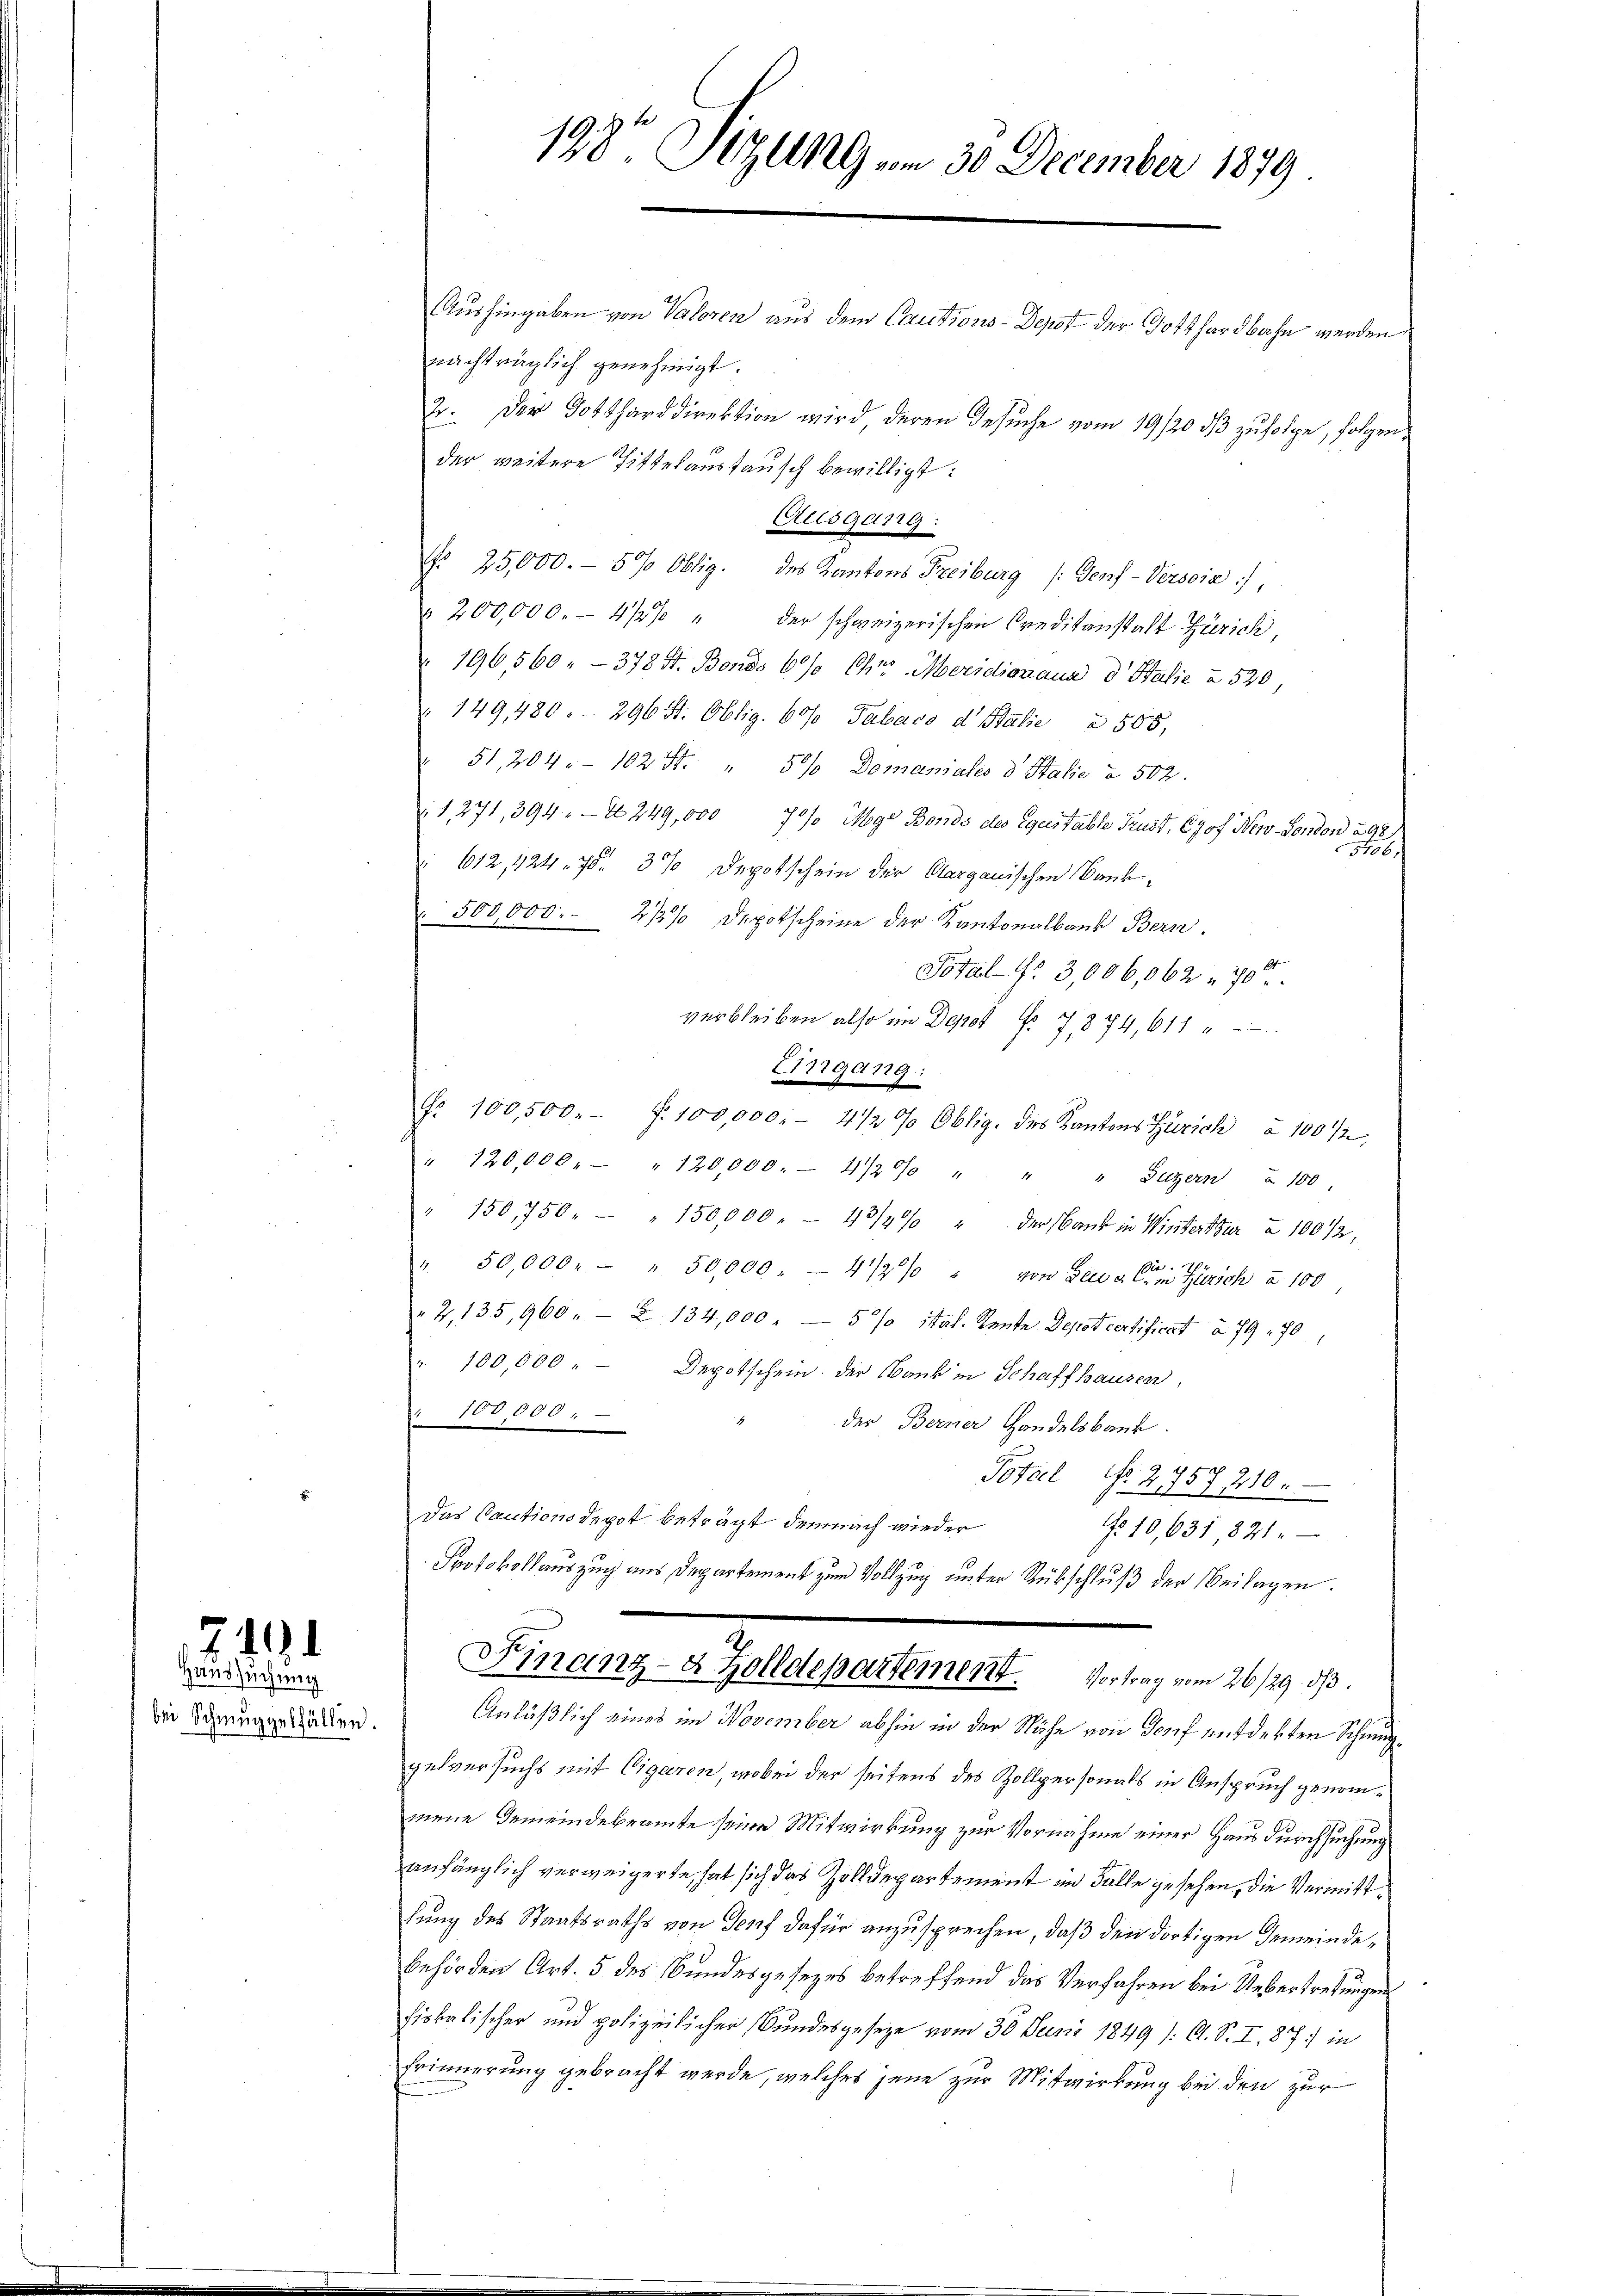
74

Haussuchung
bei Schmuggelfällen.

198 Sizung am 30. December 1879

Aushingaben von Valoren aus dem Cautions-Depot der Gotthardbahn werden
nachträglich genehmigt.
der weitere Zittelaustausch bewilligt:
Aiisgerig
Nr. 25,000.- 5% Oblig. des Kantons Freiburg (Sepf-Versoia),
 200,000.- 4/5% " der schweizerischen Creditanstalt Zürich
196,560. - 378 St. Bonds 60% Chr. Moridionana d Stalie à 520,
149480. 296 St. Oblig. 60/0 Tabaco d. Stalie à 505,
51, 204. 102 St. " 50% Domaniales d. Stalie à 502.
V 1, 271, 394. 249,000 70% Mge Bonds des Equitable Trust, Chof New-Fondon à 92
16
612, 424. 75. 3% Depotschein der Aarganischen Baub¬
 500,000. 273% Depotscheine der Kantonalbank Bern.
Potal No 3,006,062 70
verbleiben also im Depot No 7874, 611
Erigang:
Nr. 100,500. f. 100,000.- 412 % Oblig. des Kantons Zürich à 100 1/2
" 120,000 " " 120,000.- 4/2% " " " Luzern § 100
150,750. — " 150,000 . - 43/4% " der Bank in Winterthur a 100/2,
" 50,000. - " 50,000 - 4 1/2% " von Sei a C in Zürich a 100
" 2,135, 960. Z. 134,000. - 5 % ital. Rente Depot certificat à 79 70
100,000. Depotschein. Der Bank in Schaffhausen,
100,000.
der Berner Handelsbank.
Total N. 2757 210.
Das Cautionsdepot beträgt demnach wieder
No 10,631, 821.
Protokollauszug aus Departement zum Vollzug unter Rückschluß der Beilagen.
Finanz- & Zolldepartement. Vortrag vom 26/29. dβ.
Anläßlich eines im November abhin in der Nähe von Torf entdekten Schmuggelversuchs mit Cigaren, wobei der seitens des Zollpersonals in Anspruch genommene Gemeindebeamte seine Mitwirkung zur Vornahme einer Haus durchsuchung
anfänglich verweigerte, hat sich das Zolldepartement im Falle gesehen, die Vermittlung des Staatsraths von Genf dafür anzusprechen, daß den dortigen Gemeinde,
behörden Art. 5 des Bundesgesezes betreffend das Verfahren bei Uebertretungen
fiskalischer und polizeilicher Bundesgeseze vom 30. Juni 1849 /: A. S. I, 87) in
Erinnerung gebracht werde, welches jene zur Mitwirkung bei den zur

2. Der Gotthard direktion wird deren Gesuche vom 19/20 dβ zufolge, folgen¬